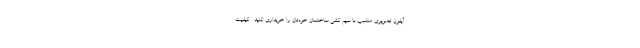
آیفون تصویری مناسب با سیم کشی ساختمان خودتان را خریداری کنید . کیفیت